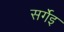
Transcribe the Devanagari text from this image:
सर्गेइ